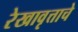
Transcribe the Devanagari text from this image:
रेखावृत्ताचे